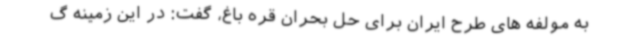
به مولفه های طرح ایران برای حل بحران قره باغ، گفت: در این زمینه گ